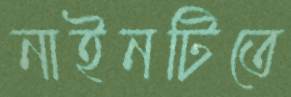
নাইনটিতে